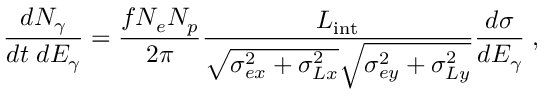
\frac { d N _ { \gamma } } { d t \; d E _ { \gamma } } = \frac { f N _ { e } N _ { p } } { 2 \pi } \frac { L _ { \mathrm { i n t } } } { \sqrt { \sigma _ { e x } ^ { 2 } + \sigma _ { L x } ^ { 2 } } \sqrt { \sigma _ { e y } ^ { 2 } + \sigma _ { L y } ^ { 2 } } } \frac { d \sigma } { d E _ { \gamma } } \; ,